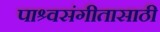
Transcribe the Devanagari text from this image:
पाश्र्वसंगीतासाठी